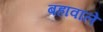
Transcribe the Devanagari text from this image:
बहावाले